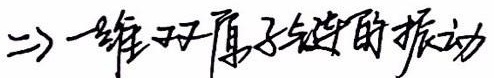
二、一维双原子链的振动